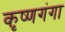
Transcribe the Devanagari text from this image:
कृष्णगंगा